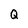
Character: Q